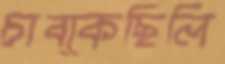
চাব্‌কেছিলি